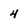
Character: 4